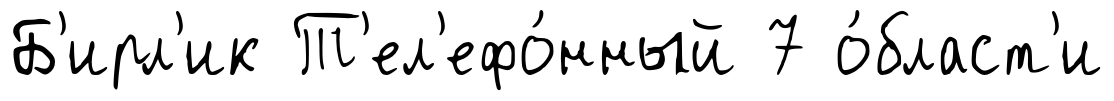
Б'ирл'ик Т'ел'ефо́нный 7 о́бласт'и